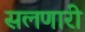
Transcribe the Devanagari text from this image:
सलणारी